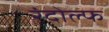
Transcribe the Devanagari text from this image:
रंदोल्फ